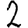
Digit: 2